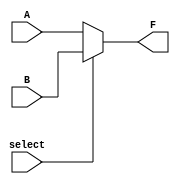
// Practica 4 de SEM
// Por Manuel Martinez-Almeida

`timescale 1ns / 10ps

module mux(F, A, B, select);
    output [15:0] F;
    input [15:0] A, B;
    input select;

    assign #2 F = (select == 0)
     ? A
     : B;
endmodule